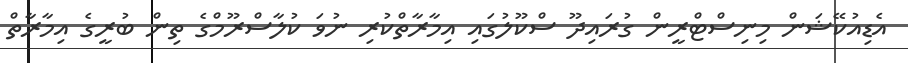
އެޑިއުކޭޝަން މިނިސްޓްރީން ގުރައިދޫ ސްކޫލުގައި އިމާރާތްކުރި ނުވަ ކުލާސްރޫމްގެ ތިން ބުރީގެ އިމާރާތް